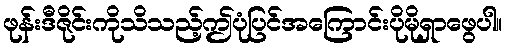
ဖုန်းဒီဇိုင်းကိုသိသည့်ဤပုံပြင်အကြောင်းပိုမိုရှာဖွေပါ။